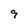
Character: 9